Martna_vallavalitsus, lk 27
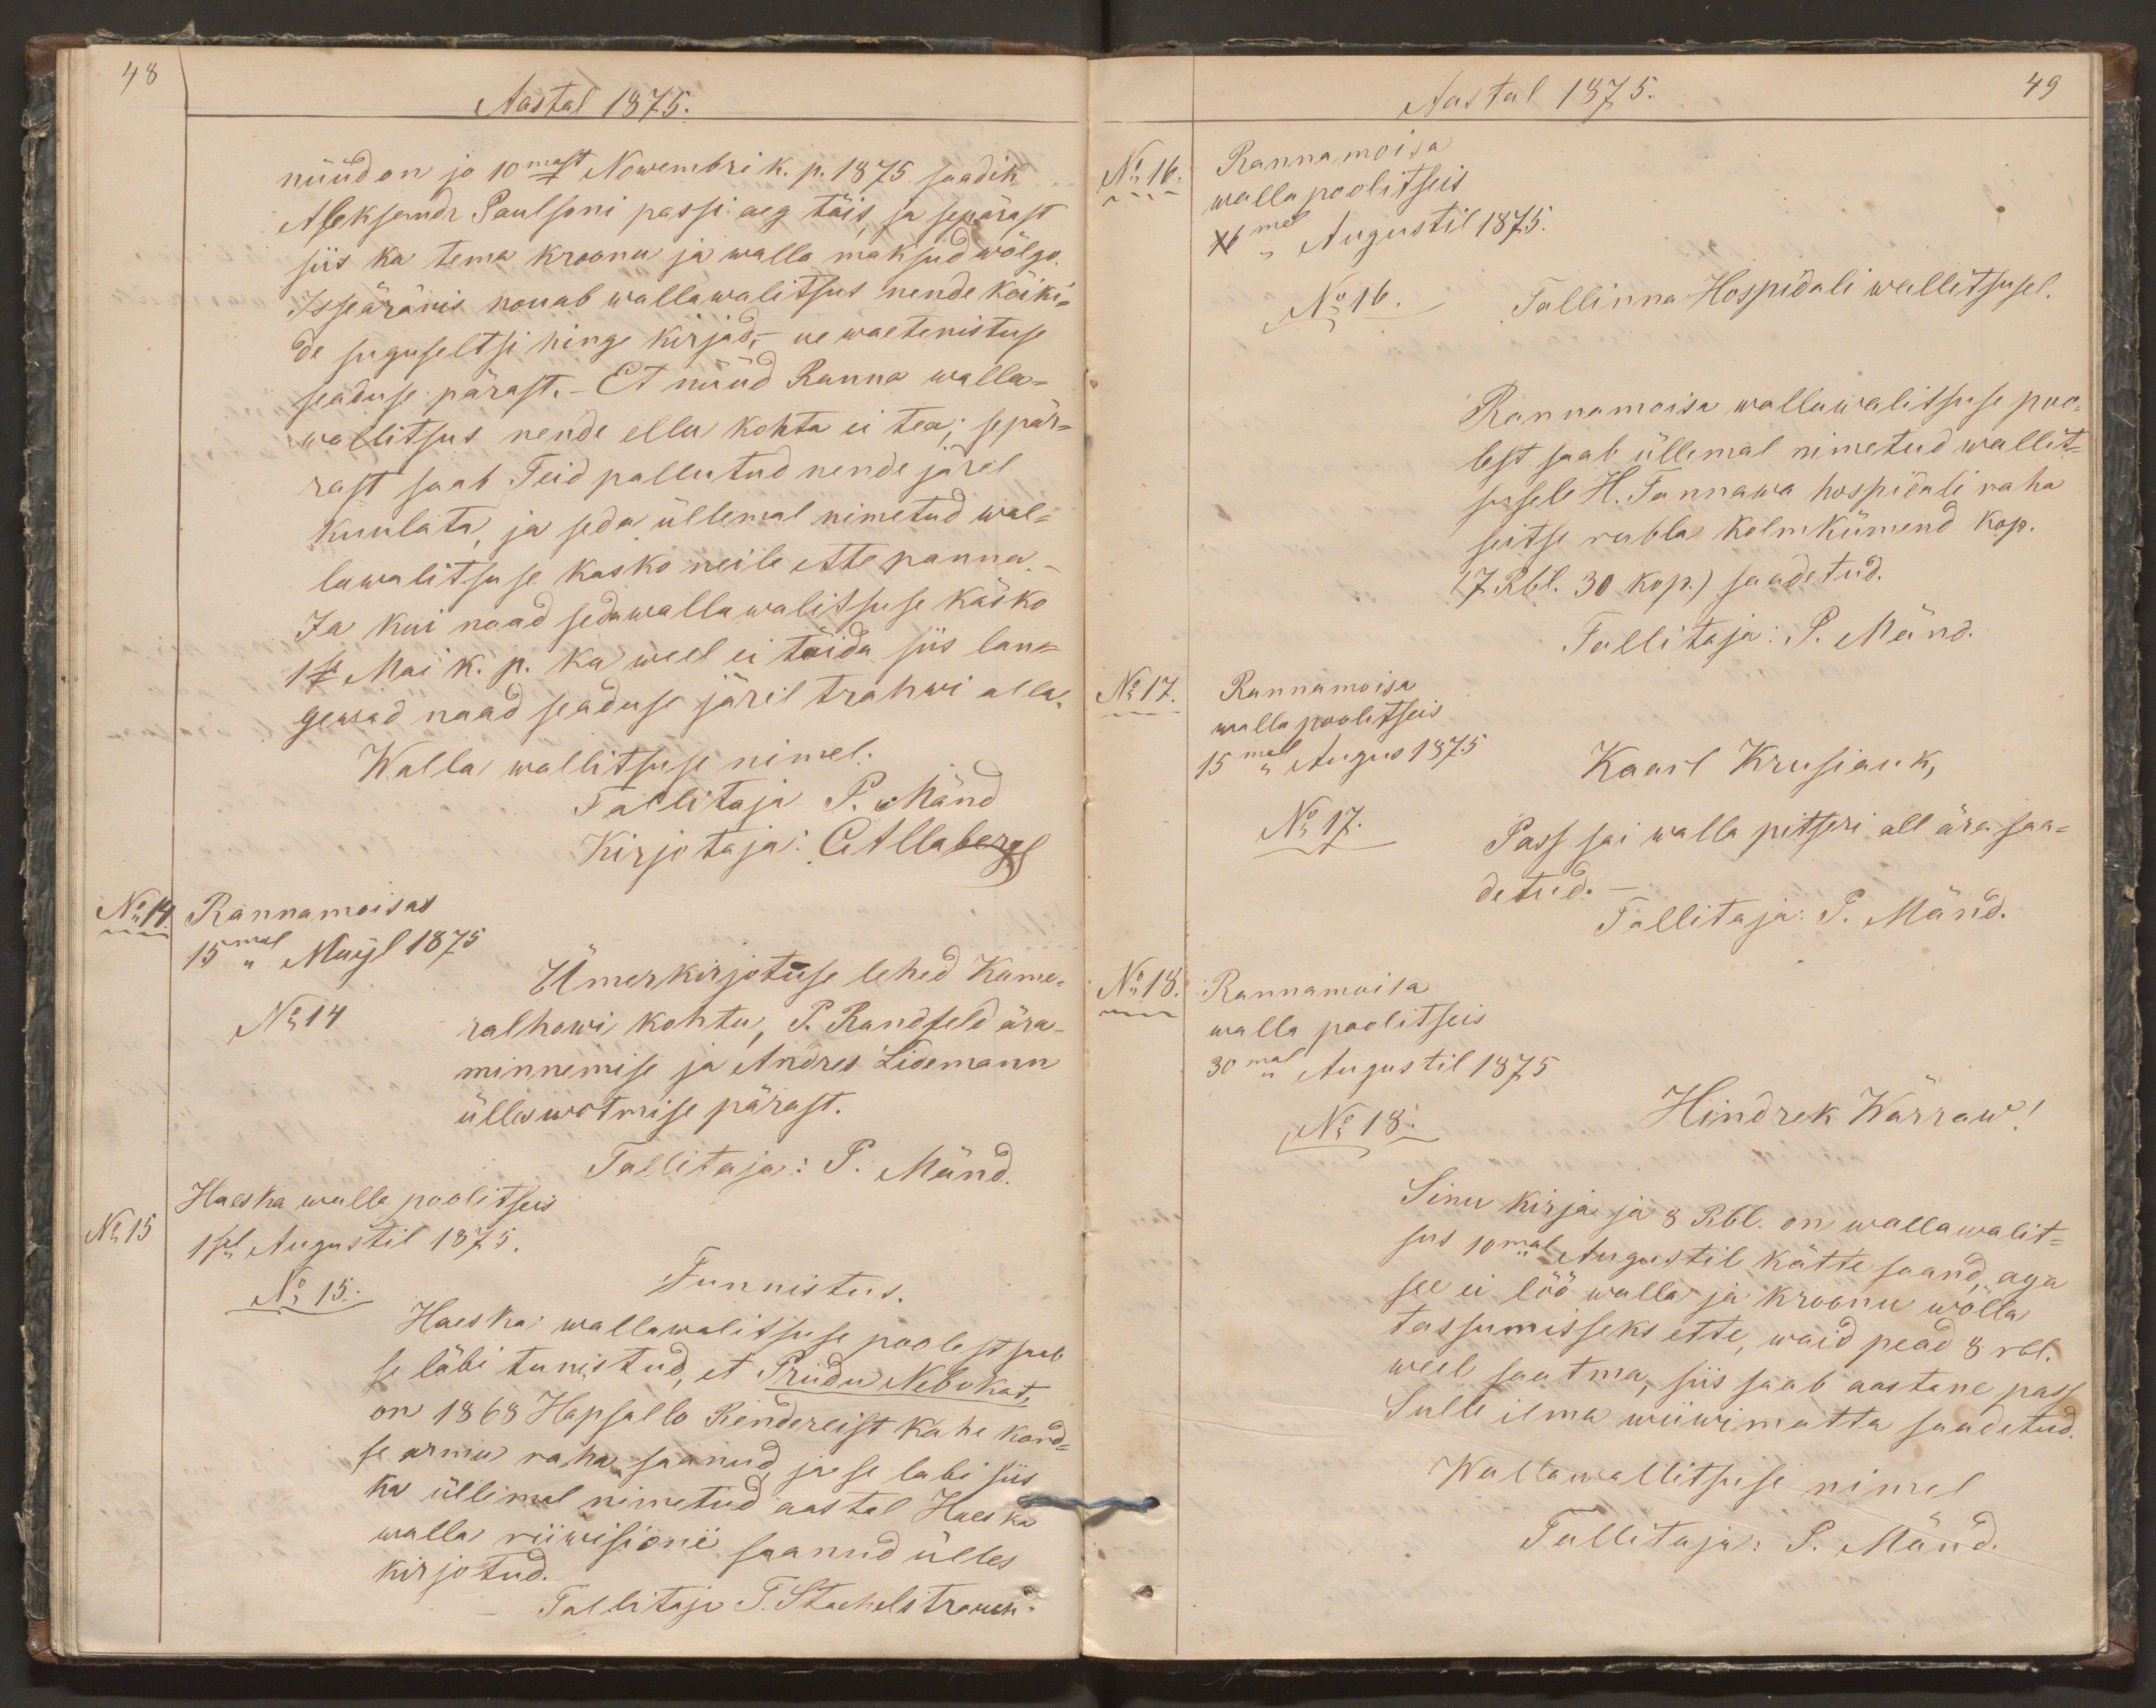
48
Aastal 1875.
nüüd on jo 10mast Nowembri k. p. 1875 saadik
Aleksandr Paulsoni passi aeg täis, ja sepärast
siis ka tema kroonu ja walla maksud wõlgo.
Isseäränis nouab wallawalitsus nende kõiki-
de suguseltsi hinge kirjad,- ue waetenistuse
seaduse pärast. - Et nüüd Ranna walla-
wallitsus nende ellu kohta ei tea; sepär-
rast saab Teid pallutud nende järel
kuulata, ja seda üllemal nimetud wal-
lawalitsuse kasko neile ette panna.
Ja kui naad seda wallawalitsuse käsko
1se Mai k. p. ka weel ei täida siis lan-
gewad naad seaduse järel trahwi alla.
Walla walitsuse nimel:
Tallitaja P. Mänd
Kirjotaja: CAllaberg
No 14.
Rannamoisas
15mal Mayl 1875
Ümerkirjotuse lehed Kame-
No 14
ralhowi kohtu, P. Randfeld ära-
minnemise ja Andres Lidemann
ülleswotmise pärast.
Tallitaja: P. Mänd.
No 15
Haeska walla poolitseis
1sel Augustil 1875.
No 15.
Tunnistus
Haeska wallawalitsuse poolest saab
se läbi tunistud, et Priidu Nebukat,
on 1868 Hapsallo Rendereist kahe kord-
se armu raha saanud, ja se labi siis
ka üllemal nimetud aastal Haeska
walla riiwisioni saanud ülles
kirjotud.
Tallitaja T. Stachelstrauch

Aastal 1875.
49
No 16.
Rannamoisa
walla poolitseis
XImel Augustil 1875.
No 16.
Tallinna Hospidali wallitsusel.
Rannamoisa wallawalitsuse poo-
lest saab üllemal nimetud wallit-
susele H. Tannawa hospidali raha
seitse rubla kolmkümend kop.
(7 Rbl. 30 kop.) saadetud.
Tallitaja: P. Mänd.
No 17.
Rannamoisa
walla poolitseis
15mal Augus 1875
Kaarl Krusiauk,
No 17.
Pass sai walla pitseri all ära saa-
detud.
Tallitaja: P. Mänd.
Rannamoisa
No 18.
walla poolitseis
30mal Augustil 1875
No 18.
Hindrek Wärraw!
Sinu kirja ja 8 Rbl. on wallawalit-
sus 10mal Augustil kätte saand, aga
see ei löö walla ja kroonu wõlla
tassumisseks ette, waid pead 8 rbl.
weel saatma, siis saab aastane pass
Sulle ilma wiiwimatta saadetud.
Wallawallitsuse nimel
Tallitaja: P. Mänd.